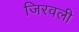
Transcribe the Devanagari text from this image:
जिरवली